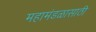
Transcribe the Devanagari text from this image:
महामंडळासाठी